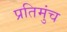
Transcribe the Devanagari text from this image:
प्रतिमुंच